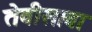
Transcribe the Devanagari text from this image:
तेवीसावा